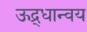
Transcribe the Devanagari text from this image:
ऊद्र्धान्वय